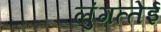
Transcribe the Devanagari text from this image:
लुंगत्‍तेई